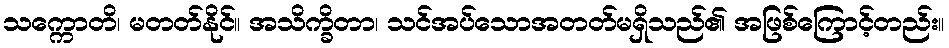
သက္ကောတိ၊ မတတ်နိုင်။ အသိက္ခိတာ၊ သင်အပ်သောအတတ်မရှိသည်၏ အဖြစ်ကြောင့်တည်း။